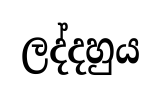
ලද්දහුය